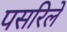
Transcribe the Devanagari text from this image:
पसरिले